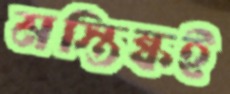
মস্তিষ্কই